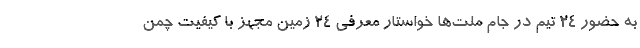
به حضور ٢٤ تیم در جام ملت‌ها خواستار معرفى ٢٤ زمین مجهز با کیفیت چمن